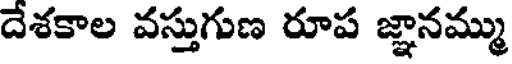
దేశకాల వస్తుగుణ రూప జ్ఞానమ్ము